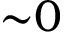
{ \sim } 0